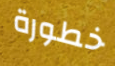
خطورة